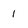
Character: 1